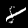
Digit: 8